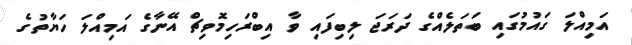
އަމިއްލަ ގައުމުގައި ބަތަލެއްގެ ދަރަޖަ ލިބިފައި ވާ އިބްރަހިމޮވިޗް އޭނާގެ އަމިއްލަ ހަޔާތުގެ